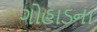
ગોહાડના